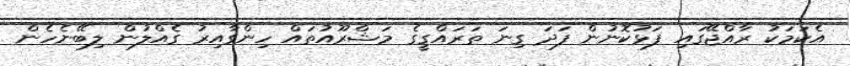
އެކަމަކު ރާއްޖޭގައި ފަޅުކޮނުން ފަދަ ގިނަ ތަރައްގީގެ މަޝްރޫއުތައް ހިންގާއިރު ގެއްލުން ލިބޭނެހެން